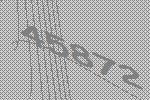
45872